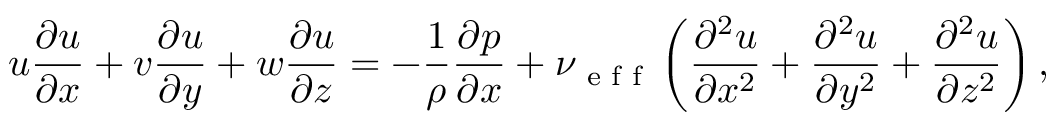
u \frac { \partial u } { \partial x } + v \frac { \partial u } { \partial y } + w \frac { \partial u } { \partial z } = - \frac { 1 } { \rho } \frac { \partial p } { \partial x } + \nu \textsubscript { e f f } \left( \frac { \partial ^ { 2 } u } { \partial x ^ { 2 } } + \frac { \partial ^ { 2 } u } { \partial y ^ { 2 } } + \frac { \partial ^ { 2 } u } { \partial z ^ { 2 } } \right) ,